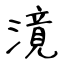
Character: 𣽾